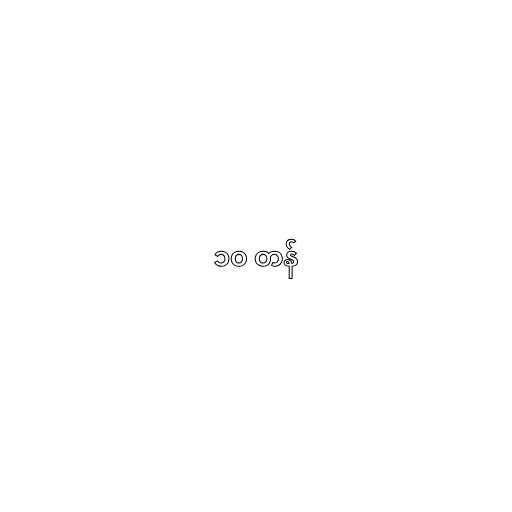
၁၀ တန်